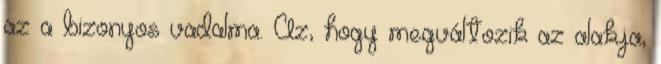
az a bizonyos vadalma. Az, hogy megváltozik az alakja,